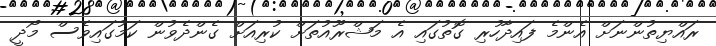
ރައްޔިތުންނަށް އެންމެ ފައިދާހުރި ގޮތުގައި އެ މަޝްރޫއުތަށް ކުރިއަށް ގެންދެވުން ކަމުގައިވެސް މޯދީ